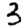
Digit: 3